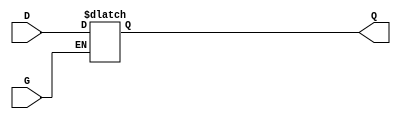
module gated_transparent_latch (
    input wire D,    // Data Input
    input wire G,    // Gate/Enable Input
    output reg Q     // Output
);

    always @(*) begin
        if (G) begin
            Q = D;  // When G is high, Q follows D
        end
        // When G is low, Q retains its last value
    end

endmodule